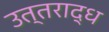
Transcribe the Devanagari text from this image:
उत्तराद्ध